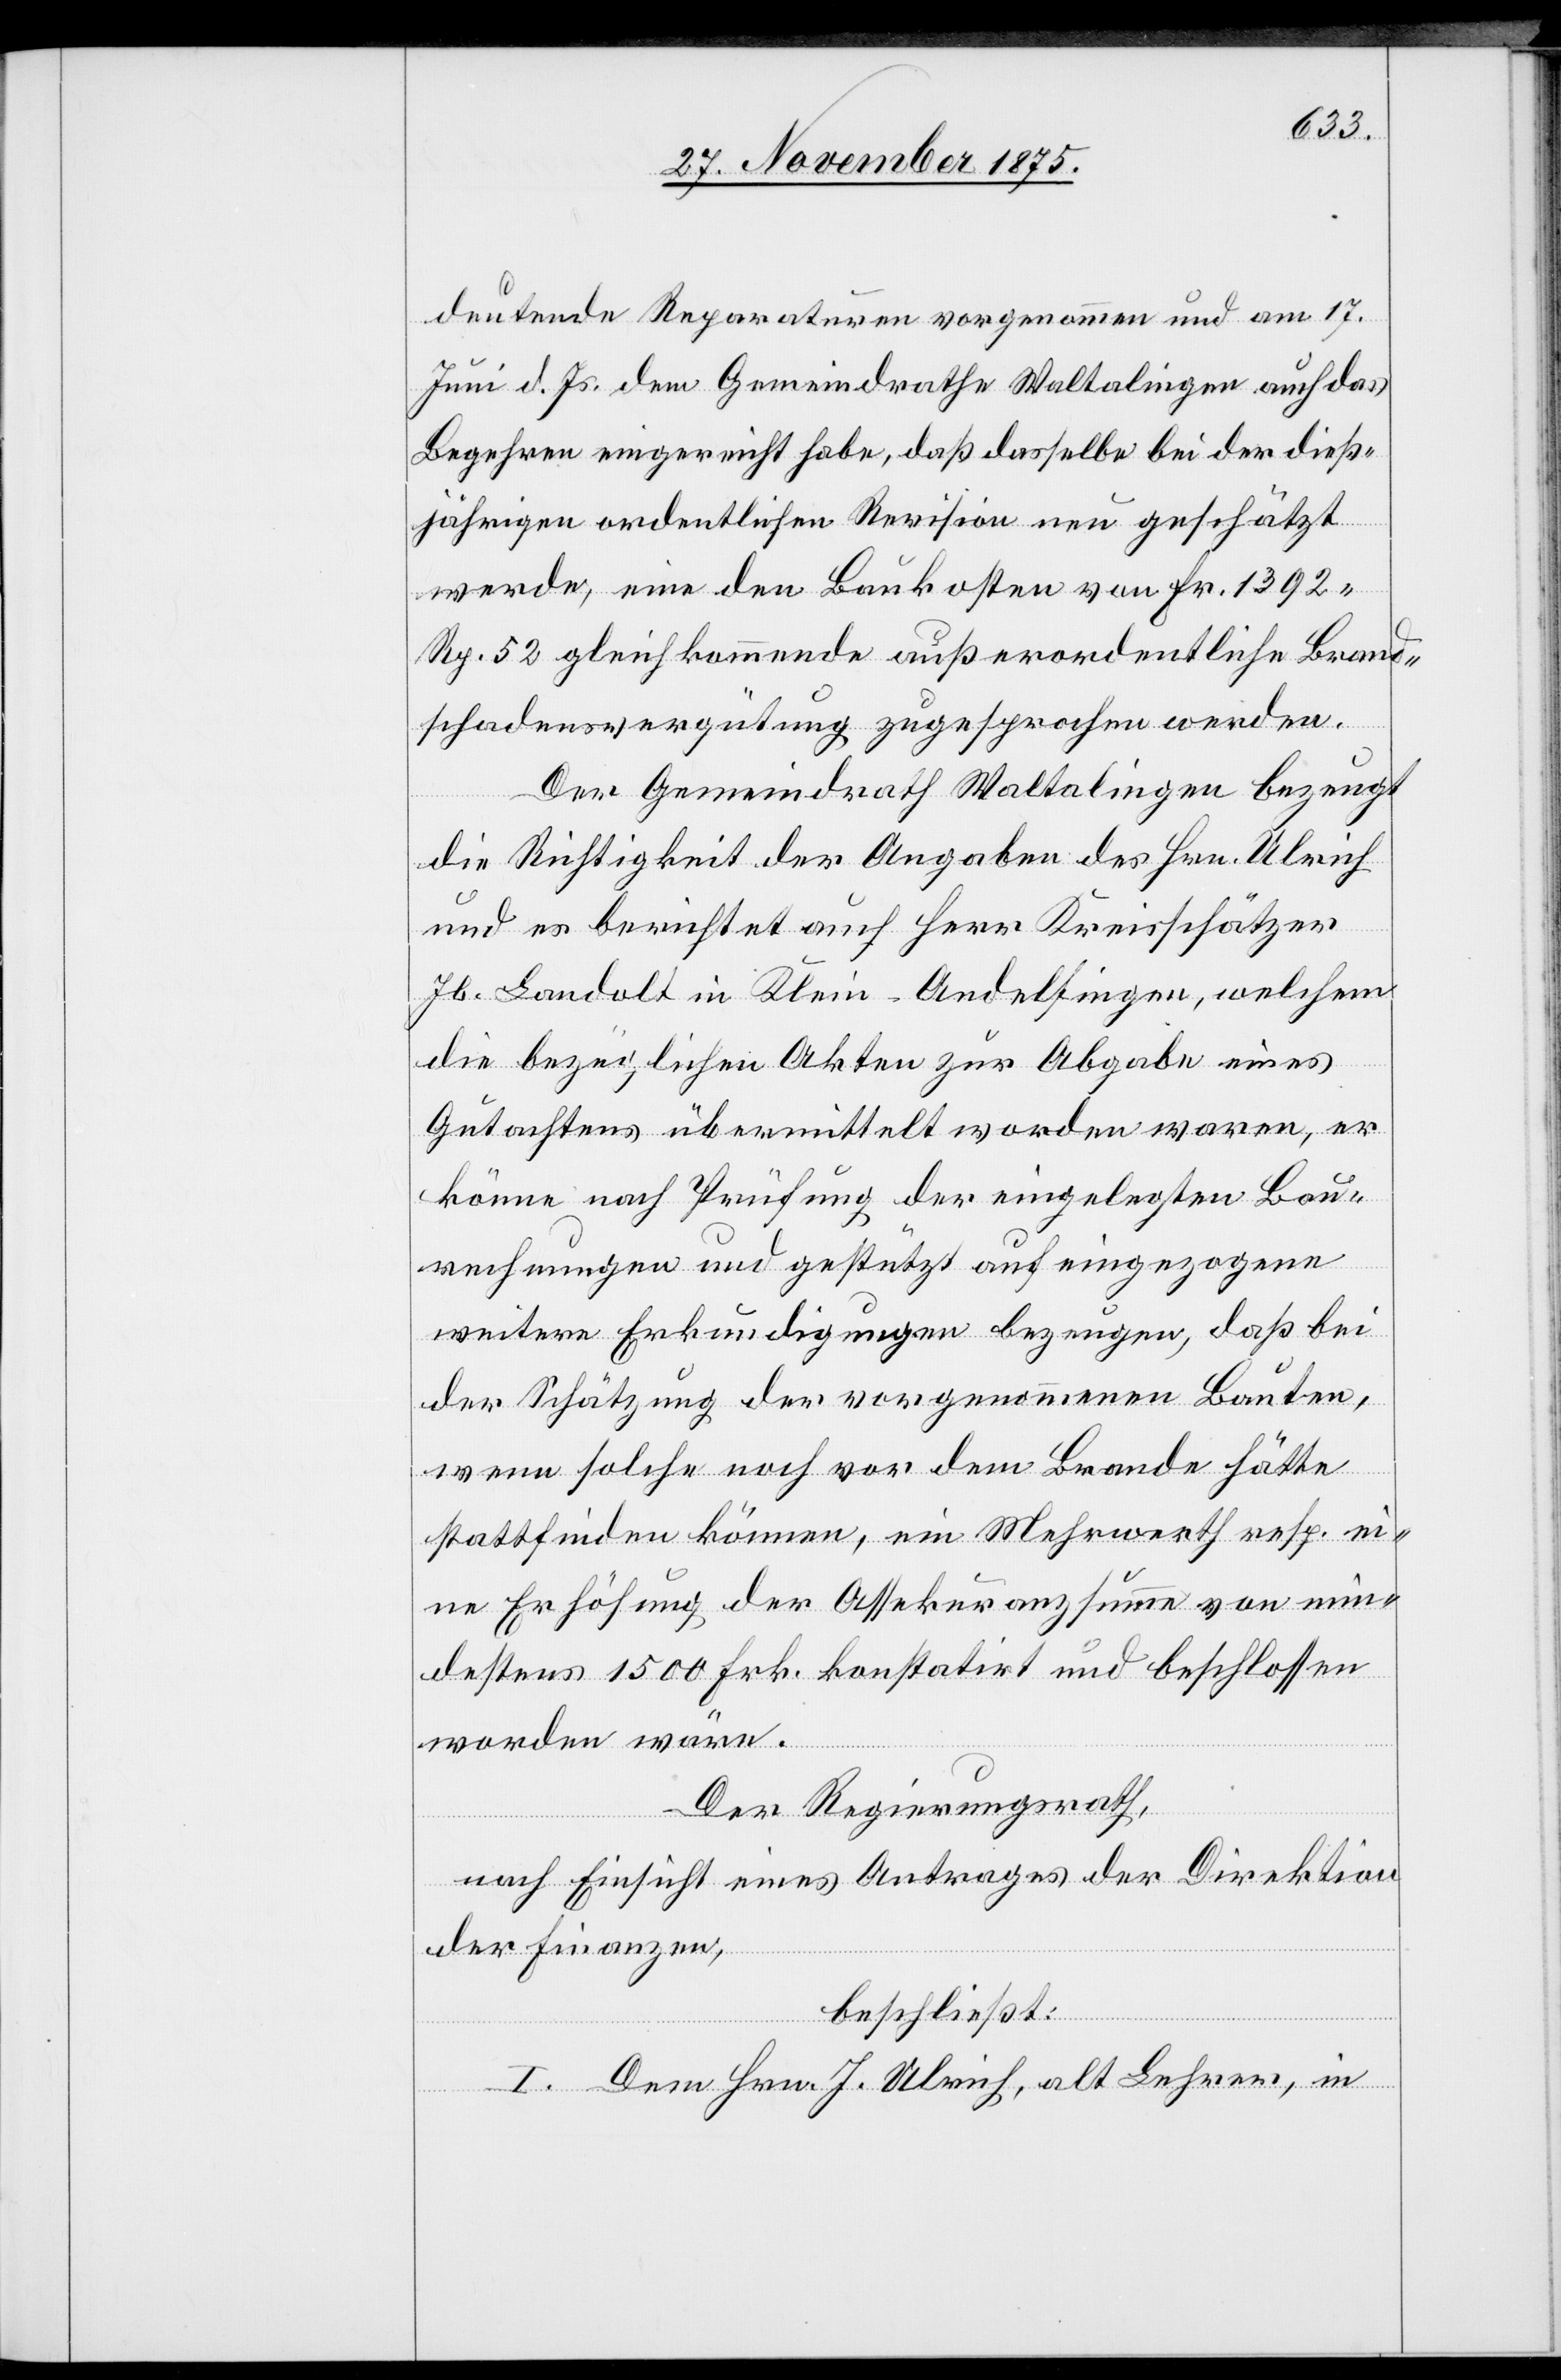
deutende Reparaturen vorgenommen und am 17.
Juni d. Js. dem Gemeindrathe Waltalingen auch das
Begehren eigereicht habe, daß dasselbe bei der dieß¬
jährigen ordentlichen Revision neu geschätzt
werde, eine den Baukosten von Fr. 1392
Rp. 52 gleichkommende außerordentliche Brand¬
schadensvergütung zugesprochen werden.
Der Gemeindrath Waltalingen bezeugt
die Richtigkeit der Angaben des Hrn. Ulrich
und es berichtet auch Herr Kreisschätzer
Jb. Landolt in Klein-Andelfingen, welchem
die bezüglichen Akten zur Abgabe eines
Gutachtens übermittelt worden waren, er
könne nach Prüfung der eingelegten Bau¬
rechnungen und gestützt auf eingezogene
weitere Erkundigungen bezeugen, daß bei
der Schätzung der vorgenommenen Bauten,
wenn solche noch vor dem Brande hätte
stattfinden können, ein Mehrwerth resp. ei¬
ne Erhöhung der Assekuranzsumme von min¬
destens 1500 Frk. konstatirt und beschlossen
worden wäre.
Der Regierungsrath,
nach Einsicht eines Antrages der Direktion
der Finanzen,
beschließt:
I. Dem Hrn. J. Ulrich, alt Lehrer, in